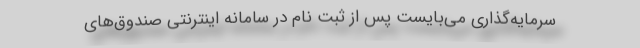
سرمایه‌گذاری می‌بایست پس از ثبت نام در سامانه اینترنتی صندوق‌های